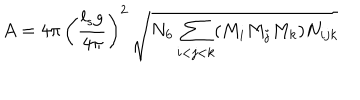
LaTeX: A = 4 \pi \, \left( { \frac { l _ { s } g } { 4 \pi } } \right) ^ { 2 } \, \sqrt { N _ { 6 } \sum _ { i < j < k } ( M _ { i } M _ { j } M _ { k } ) N _ { i j k } }